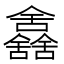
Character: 𠑰